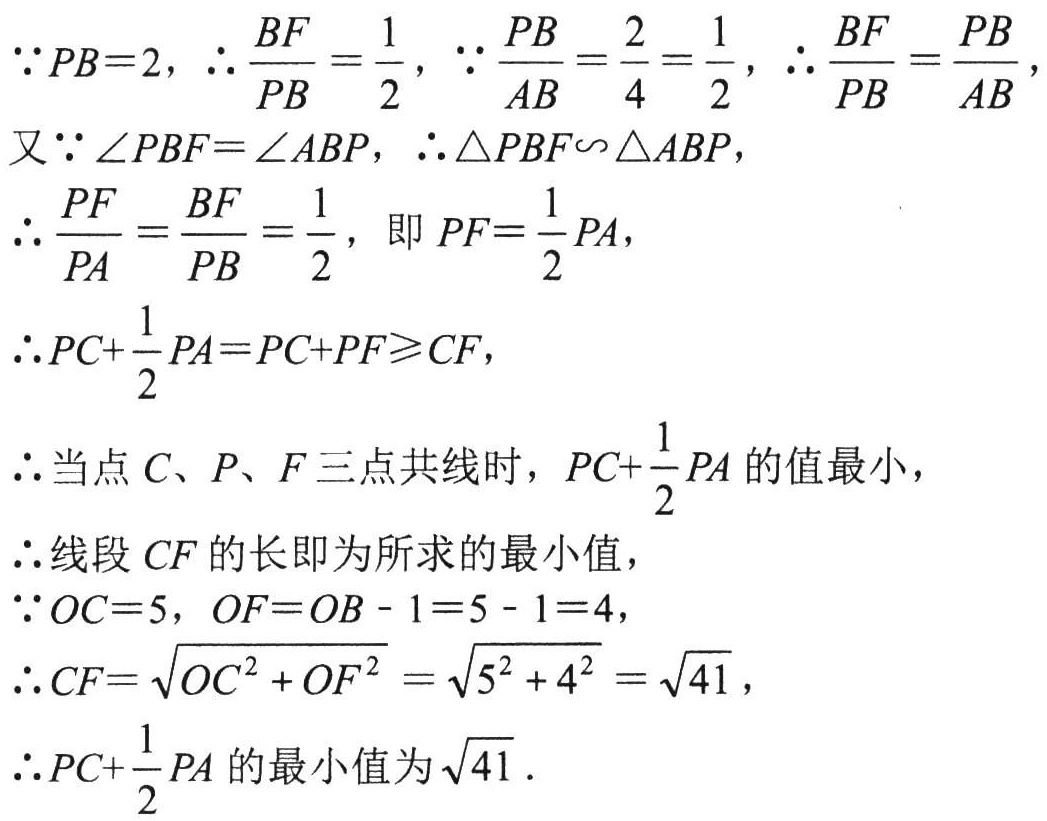
\(\because PB = 2\)，\(\therefore \frac{BF}{PB}=\frac{1}{2}\)，\(\because \frac{PB}{AB}=\frac{2}{4}=\frac{1}{2}\)，\(\therefore \frac{BF}{PB}=\frac{PB}{AB}\)，
又\(\because \angle PBF=\angle ABP\)，\(\therefore \triangle PBF\sim\triangle ABP\)，
\(\therefore \frac{PF}{PA}=\frac{BF}{PB}=\frac{1}{2}\)，即\(PF = \frac{1}{2}PA\)，
\(\therefore PC+\frac{1}{2}PA=PC + PF\geqslant CF\)，
\(\therefore\)当点\(C、P、F\)三点共线时，\(PC+\frac{1}{2}PA\)的值最小，
\(\therefore\)线段\(CF\)的长即为所求的最小值，
\(\because OC = 5\)，\(OF=OB - 1 = 5 - 1 = 4\)，
\(\therefore CF=\sqrt{OC^{2}+OF^{2}}=\sqrt{5^{2}+4^{2}}=\sqrt{41}\)，
\(\therefore PC+\frac{1}{2}PA\)的最小值为\(\sqrt{41}\).